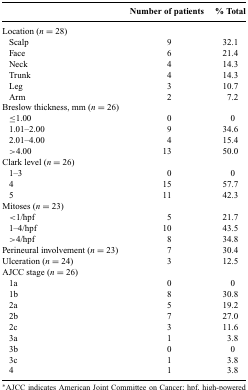
<table><thead><tr><td></td><td><b>Number of patients</b></td><td><b>% Total</b></td></tr></thead><tbody><tr><td>Location (<i>n</i> = 28)</td><td></td><td></td></tr><tr><td>Scalp</td><td>9</td><td>32.1</td></tr><tr><td>Face</td><td>6</td><td>21.4</td></tr><tr><td>Neck</td><td>4</td><td>14.3</td></tr><tr><td>Trunk</td><td>4</td><td>14.3</td></tr><tr><td>Leg</td><td>3</td><td>10.7</td></tr><tr><td>Arm</td><td>2</td><td>7.2</td></tr><tr><td>Breslow thickness, mm (<i>n</i> = 26)</td><td></td><td></td></tr><tr><td>≤1.00</td><td>0</td><td>0</td></tr><tr><td>1.01–2.00</td><td>9</td><td>34.6</td></tr><tr><td>2.01–4.00</td><td>4</td><td>15.4</td></tr><tr><td>&gt;4.00</td><td>13</td><td>50.0</td></tr><tr><td>Clark level (<i>n</i> = 26)</td><td></td><td></td></tr><tr><td>1–3</td><td>0</td><td>0</td></tr><tr><td>4</td><td>15</td><td>57.7</td></tr><tr><td>5</td><td>11</td><td>42.3</td></tr><tr><td>Mitoses (<i>n</i> = 23)</td><td></td><td></td></tr><tr><td>&lt;1/hpf</td><td>5</td><td>21.7</td></tr><tr><td>1–4/hpf</td><td>10</td><td>43.5</td></tr><tr><td>&gt;4/hpf</td><td>8</td><td>34.8</td></tr><tr><td>Perineural involvement (<i>n</i> = 23)</td><td>7</td><td>30.4</td></tr><tr><td>Ulceration (<i>n</i> = 24)</td><td>3</td><td>12.5</td></tr><tr><td>AJCC stage (<i>n</i> = 26)</td><td></td><td></td></tr><tr><td>1a</td><td>0</td><td>0</td></tr><tr><td>1b</td><td>8</td><td>30.8</td></tr><tr><td>2a</td><td>5</td><td>19.2</td></tr><tr><td>2b</td><td>7</td><td>27.0</td></tr><tr><td>2c</td><td>3</td><td>11.6</td></tr><tr><td>3a</td><td>1</td><td>3.8</td></tr><tr><td>3b</td><td>0</td><td>0</td></tr><tr><td>3c</td><td>1</td><td>3.8</td></tr><tr><td>4</td><td>1</td><td>3.8</td></tr></tbody></table>